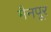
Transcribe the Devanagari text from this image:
मैनपूर